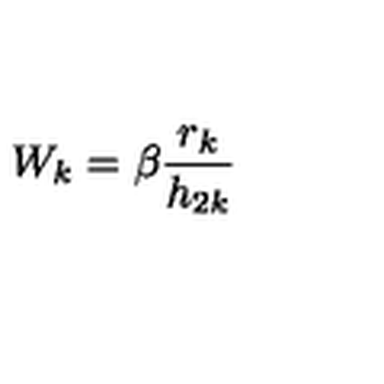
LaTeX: W _ { k } = \beta \frac { r _ { k } } { h _ { 2 k } }